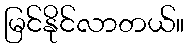
မြင်နိုင်လာတယ်။